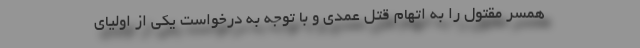
همسر مقتول را به اتهام قتل عمدی و با توجه به درخواست یکی از اولیای